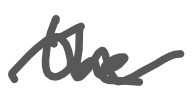
Text: the
Cross-out: wave
Writing tool: digital_gray